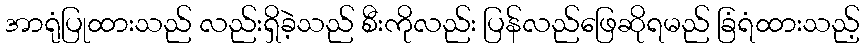
အာရုံပြုထားသည် လည်းရှိခဲ့သည် စီးကိုလည်း ပြန်လည်ဖြေဆိုရမည် ခြံရံထားသည့်